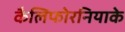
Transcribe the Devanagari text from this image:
कैलिफोरनियाके